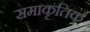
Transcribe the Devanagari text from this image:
समाकृतिक